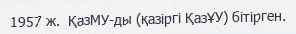
1957 ж.  ҚазМУ-ды (қазіргі ҚазҰУ) бітірген.